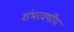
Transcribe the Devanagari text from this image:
शंभरवर्षीय